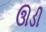
ઊડી